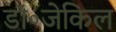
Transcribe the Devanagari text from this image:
डॉ॰जेकिल